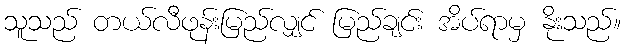
သူသည် တယ်လီဖုန်းမြည်လျှင် မြည်ချင်း အိပ်ရာမှ နိုးသည်။